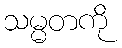
သမ္မတကို